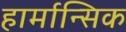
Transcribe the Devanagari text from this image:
हार्मान्सिक